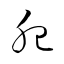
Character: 肥